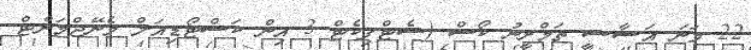
22 ވަނަ އަސާސީ ތަމްރީނު ކޯސް (ސެޓްފިކެޓް 3 އިން ކަސްޓޯޑިއަލް މެނޭޖްމަންޓް